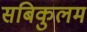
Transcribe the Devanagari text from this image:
सबिकुलम